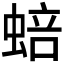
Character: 𬠗